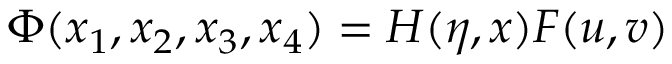
\Phi ( x _ { 1 } , x _ { 2 } , x _ { 3 } , x _ { 4 } ) = H ( \eta , x ) F ( u , v )